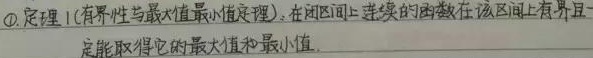
\textcircled{1} 定理1 (有界性与最大值最小值定理)：在闭区间上连续的函数在该区间上有界且一定能取得它的最大值和最小值.